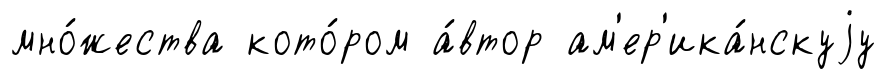
мно́жества кото́ром а́втор ам'ер'ика́нскуjу